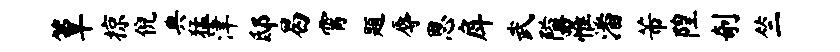
簟掠倪典猛津邸曷霄题辱思戽武隘罹潘芾隍剞竺